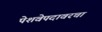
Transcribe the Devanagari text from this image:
पेशवेपदावरचा